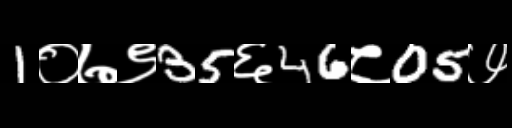
Text: 1०७९35६46८05७